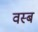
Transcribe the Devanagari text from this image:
वस्ब